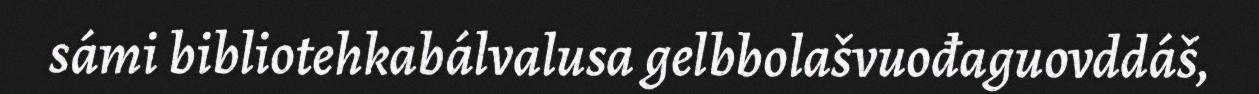
sámi bibliotehkabálvalusa gelbbolašvuođaguovddáš,